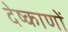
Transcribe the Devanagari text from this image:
देष्काणों